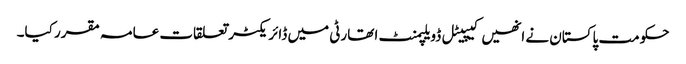
حکومت پاکستان نے انھیں کیپیٹل ڈویلپمنٹ ا تھارٹی میں ڈائریکٹر تعلقات عامہ مقرر کیا۔